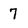
Character: 7